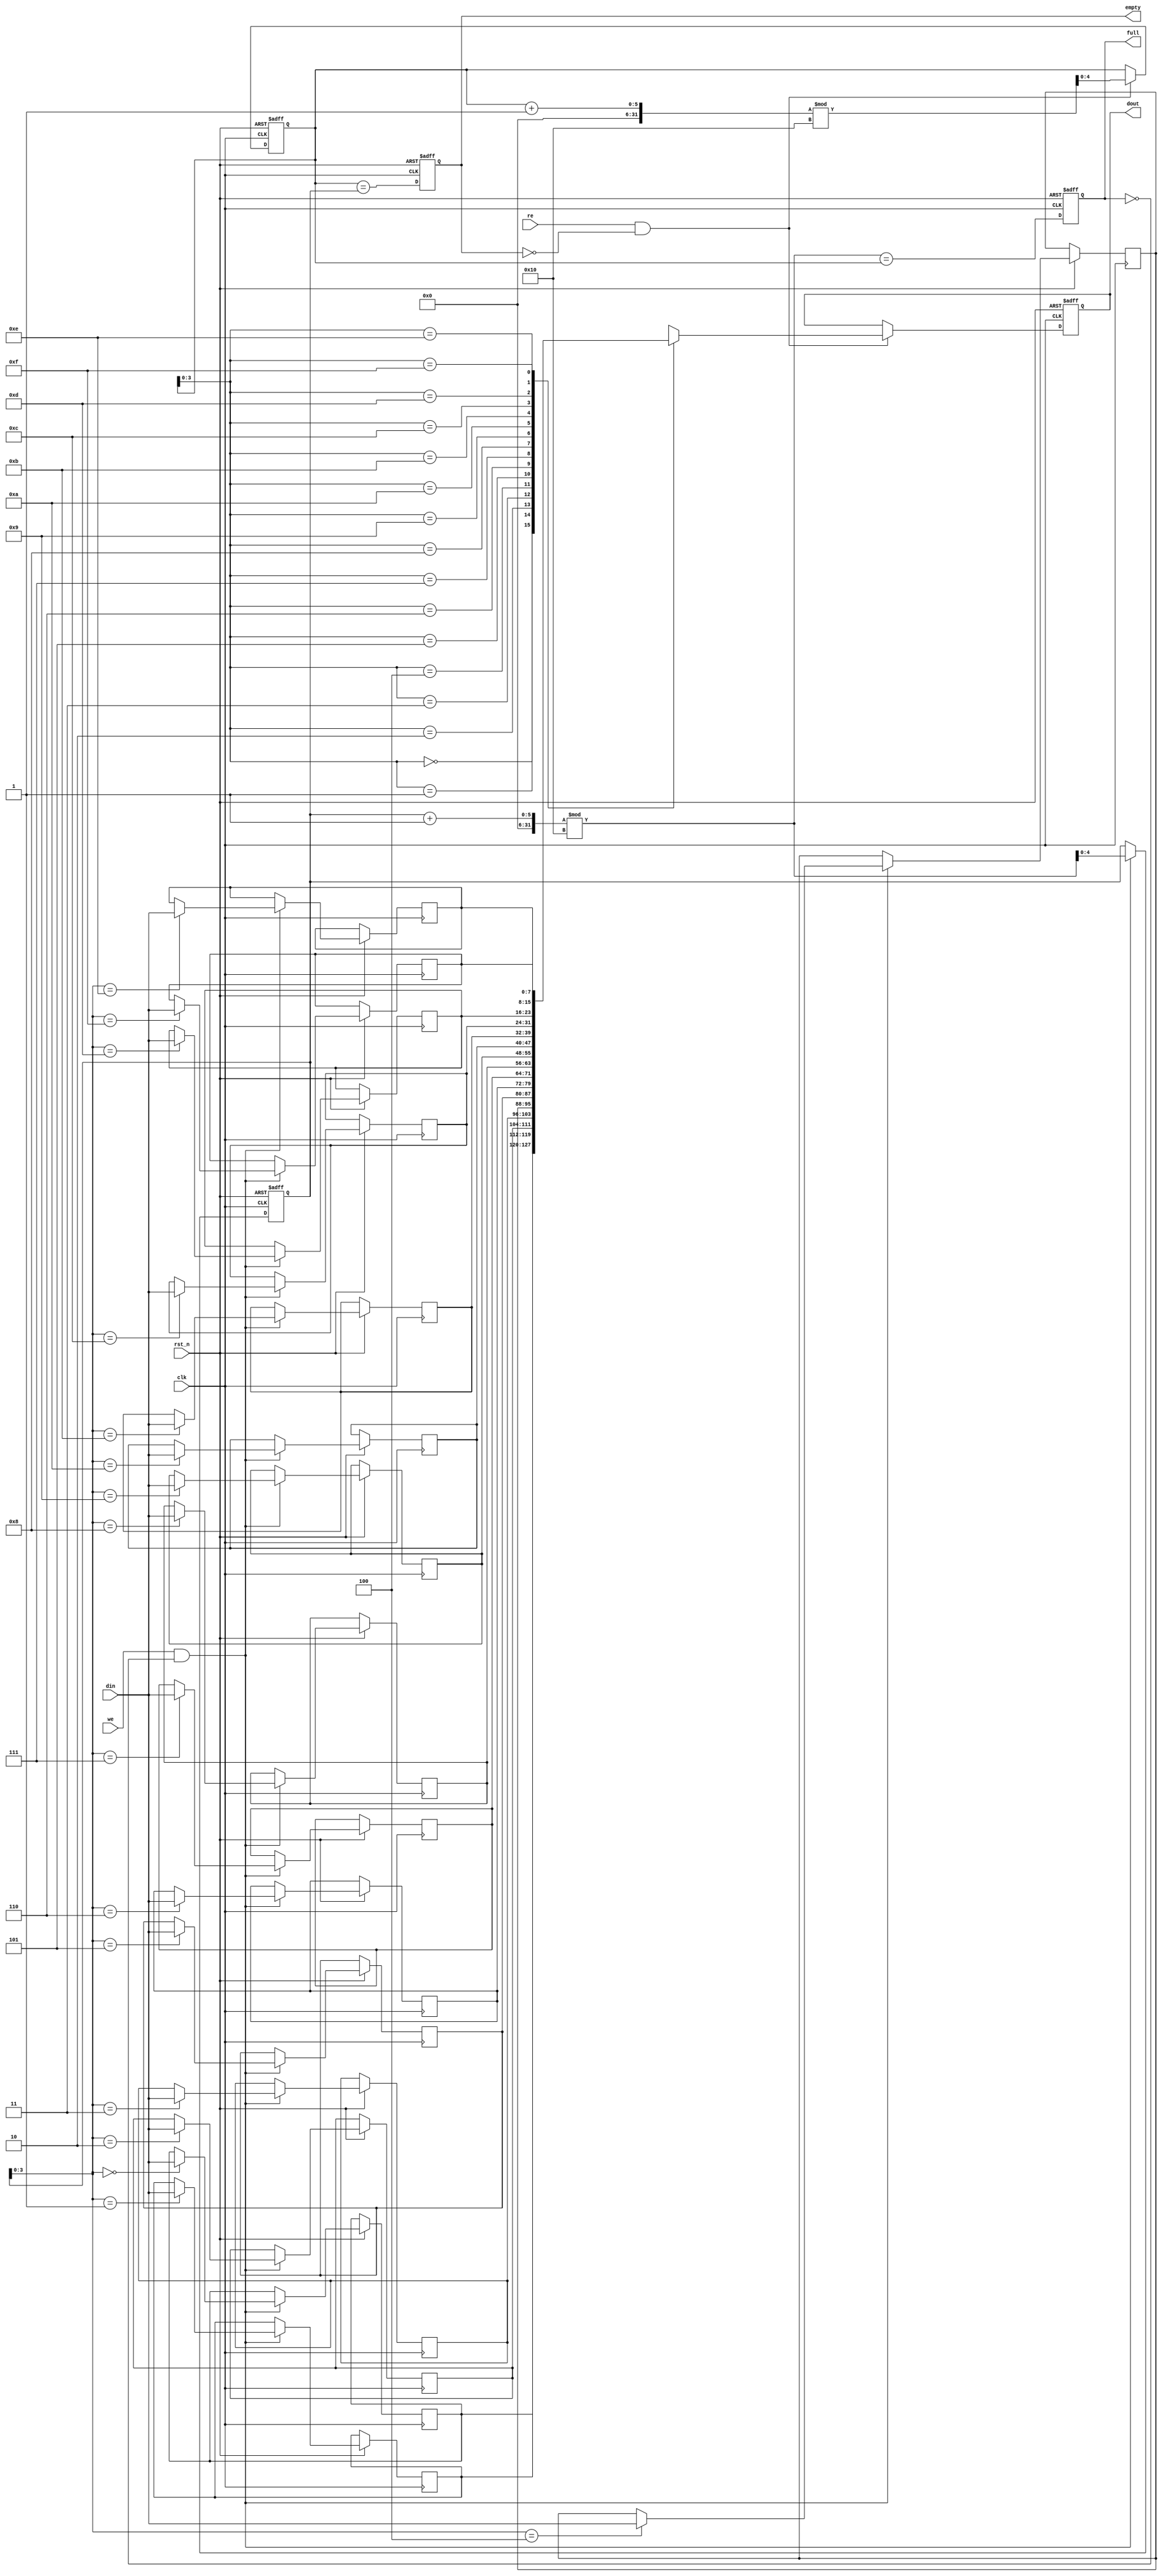
module fifo_sram #(
    parameter DEPTH = 16,  // Number of entries in the FIFO
    parameter WIDTH = 8    // Width of each data entry in bits
)(
    input wire clk,                // Clock signal
    input wire rst_n,              // Asynchronous reset (active low)
    input wire [WIDTH-1:0] din,    // Data input
    input wire we,                 // Write enable
    input wire re,                 // Read enable
    output reg [WIDTH-1:0] dout,   // Data output
    output reg full,               // Full flag
    output reg empty               // Empty flag
);

    // Memory array for FIFO
    reg [WIDTH-1:0] fifo_mem [0:DEPTH-1];

    // Pointers for read and write
    reg [4:0] w_ptr; // 5 bits to address up to 32 entries (DEPTH <= 32)
    reg [4:0] r_ptr; // 5 bits to address up to 32 entries (DEPTH <= 32)

    // Initialize pointers and flags
    always @(posedge clk or negedge rst_n) begin
        if (!rst_n) begin
            w_ptr <= 0;
            r_ptr <= 0;
            full <= 0;
            empty <= 1;
            dout <= 0;
        end else begin
            // Write operation
            if (we && !full) begin
                fifo_mem[w_ptr] <= din; // Write data to FIFO
                w_ptr <= (w_ptr + 1) % DEPTH; // Increment write pointer
            end

            // Read operation
            if (re && !empty) begin
                dout <= fifo_mem[r_ptr]; // Read data from FIFO
                r_ptr <= (r_ptr + 1) % DEPTH; // Increment read pointer
            end

            // Update full and empty flags
            full <= (w_ptr + 1) % DEPTH == r_ptr; // FIFO full condition
            empty <= (r_ptr == w_ptr); // FIFO empty condition
        end
    end

endmodule